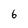
Character: 6